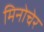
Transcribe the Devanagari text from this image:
मिनोचेर